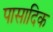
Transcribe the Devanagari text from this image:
पासादिक